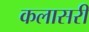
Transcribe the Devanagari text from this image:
कलासरी